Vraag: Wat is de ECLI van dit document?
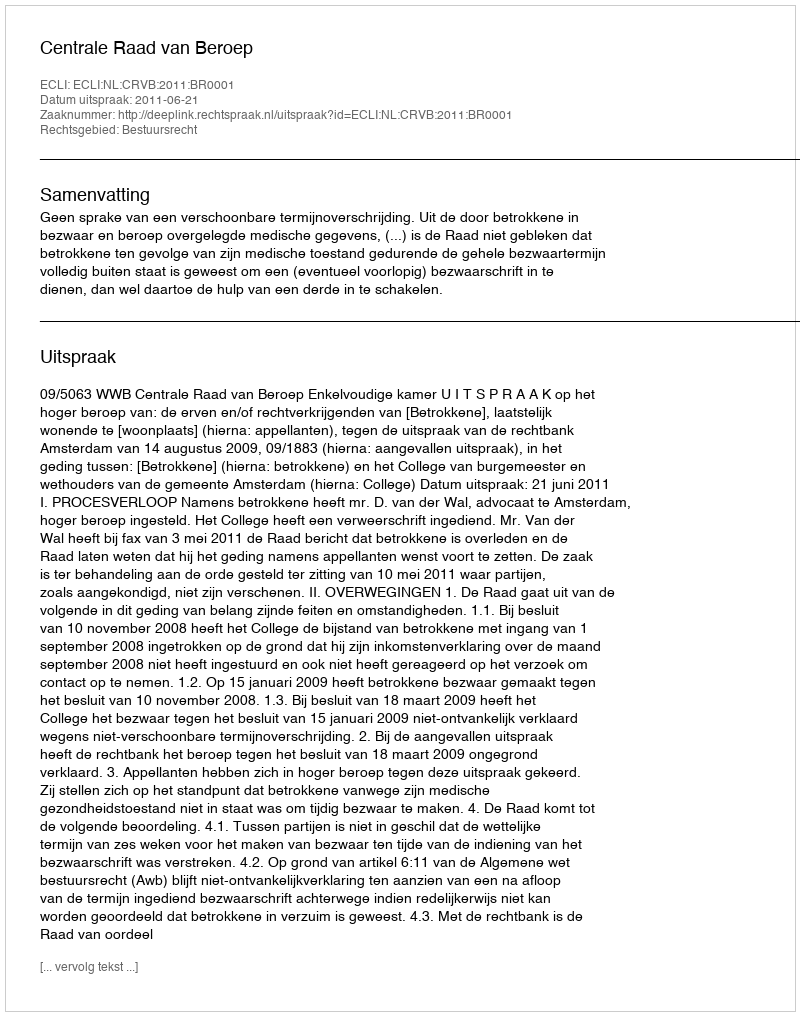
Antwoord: ECLI:NL:CRVB:2011:BR0001